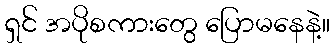
ရှင် အပိုစကားတွေ ပြောမနေနဲ့။